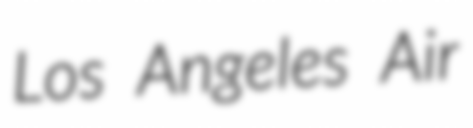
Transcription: Los Angeles Air